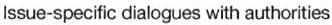
Issue-specific dialogues with authorities